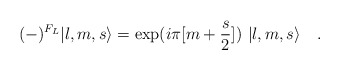
\begin{align*}(-)^{F_L}|l,m,s\rangle = \exp(i\pi [m+{s\over2}])\ |l,m,s\rangle \quad.\end{align*}